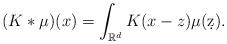
LaTeX: \begin{align*}(K*\mu)(x) = \int_{\mathbb R^d} K(x-z) \mu(\d z).\end{align*}